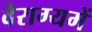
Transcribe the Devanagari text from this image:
वैराग्यमें